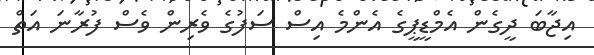
އިޖާބަ ދީގެން އެމްޑީޕީގެ އެންމެ އިސް ސަފުގެ ވެރިން ވެސް ފުރާނަ އަތް